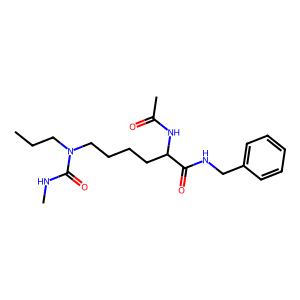
SMILES: CCCN(CCCCC(NC(C)=O)C(=O)NCc1ccccc1)C(=O)NC
Inhibits HIV replication: No